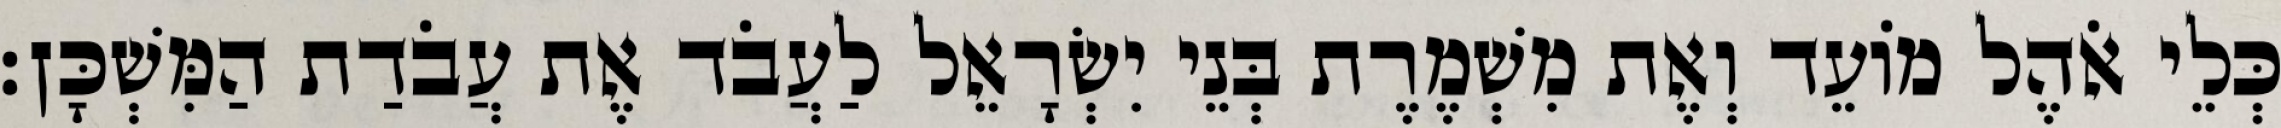
כְּלֵי אֹהֶל מוֹעֵד וְאֶת מִשְׁמֶרֶת בְּנֵי יִשְׂרָאֵל לַעֲבֹד אֶת עֲבֹדַת הַמִּשְׁכָּן׃